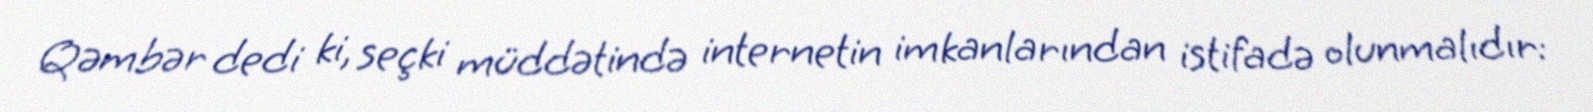
Qəmbər dedi ki, seçki müddətində internetin imkanlarından istifadə olunmalıdır: